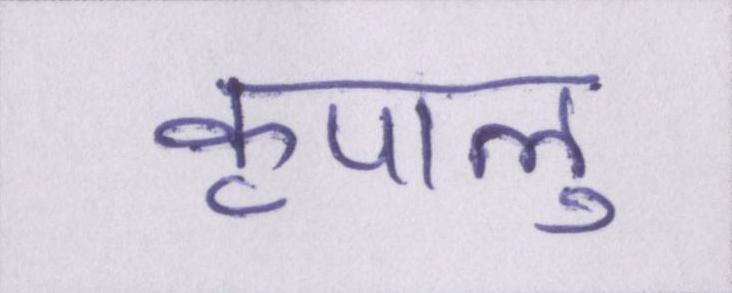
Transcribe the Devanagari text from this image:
कृपालु